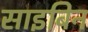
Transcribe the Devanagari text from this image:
साइबिन